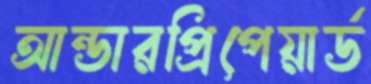
আন্ডারপ্রিপেয়ার্ড